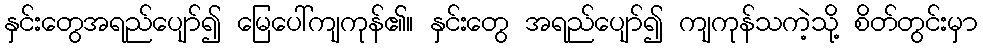
နှင်းတွေအရည်ပျော်၍ မြေပေါ်ကျကုန်၏။ နှင်းတွေ အရည်ပျော်၍ ကျကုန်သကဲ့သို့ စိတ်တွင်းမှာ